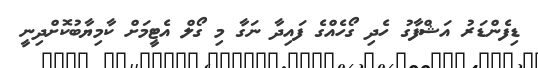
ޑިފެންޑަރު އަޝްފާގު ހެދި ގޯހެއްގެ ފައިދާ ނަގާ މި ގޯލް އެޓީމަށް ކާމިޔާބުކޮށްދިނީ